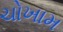
ચોખામ